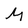
Character: M